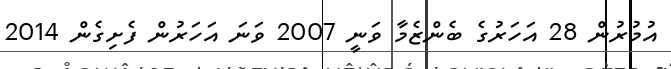
އުމުރުން 28 އަހަރުގެ ބެންޒެމާ ވަނީ 2007 ވަނަ އަހަރުން ފެށިގެން 2014